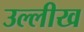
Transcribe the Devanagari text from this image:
उल्लीख